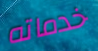
خدماته